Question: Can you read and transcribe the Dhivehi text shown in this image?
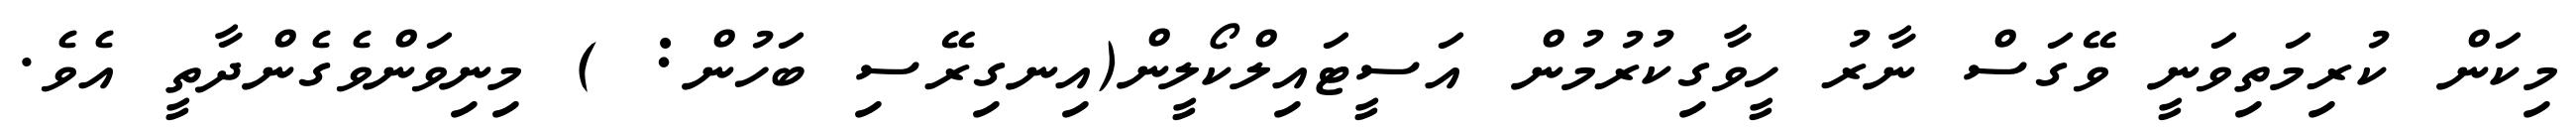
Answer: މިކަން ކުރިމަތިވަނީ ވޭގަސް ނާރު ހީވާގިކުރުމުން އަސީޓައިލްކޯލީން(އިނގިރޭސި ބަހުން: ) މިނިވަންވެގެންދާތީ އެވެ.